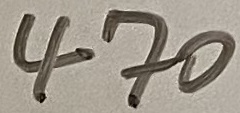
Text: 470